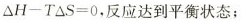
\Delta $$H-T\Delta S＝0$$，反应达到平衡状态；